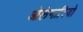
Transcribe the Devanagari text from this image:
ओलेगारियो